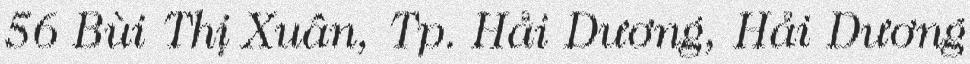
56 Bùi Thị Xuân, Tp. Hải Dương, Hải Dương